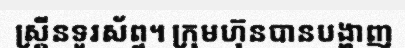
ស្គ្រីនទូរស័ព្ទ។ ក្រុមហ៊ុនបានបង្ហាញ